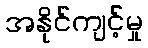
အနိုင်ကျင့်မှု